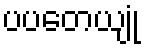
ပပတေယျုံ